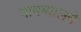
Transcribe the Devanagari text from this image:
नामग्यालने